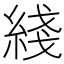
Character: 綫